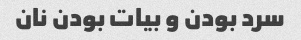
سرد بودن و بیات بودن نان